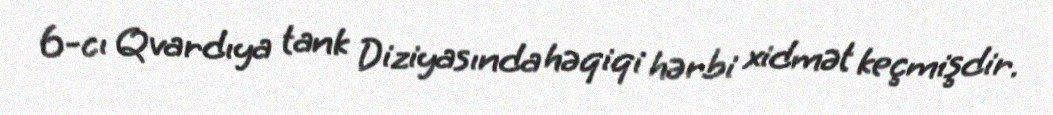
6-cı Qvardıya tank Diziyasında həqiqi hərbi xidmət keçmişdir.